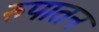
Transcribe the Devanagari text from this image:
रुपातन